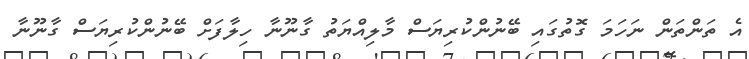
އެ ތަންތަން ނަހަމަ ގޮތުގައި ބޭނުންކުރިޔަސް މާލިއްޔަތު ގާނޫނާ ހިލާފަށް ބޭނުންކުރިޔަސް ގާނޫނާ